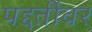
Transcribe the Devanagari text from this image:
पद्दतींवर